Indian journal of veterinary science and animal husbandry - Volume 3,
Year: 1933
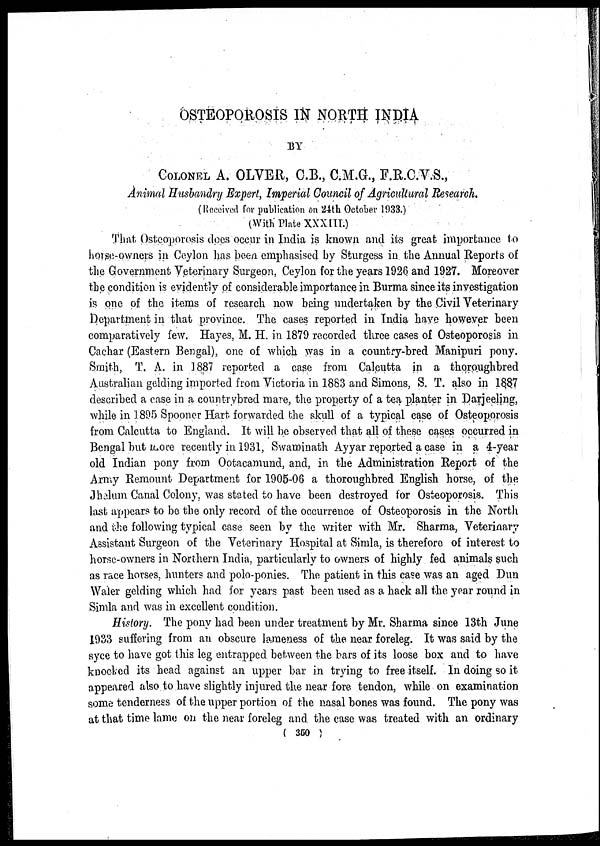
OSTEOPOROSIS IN NORTH INDIA
BY
COLONEL A. OLVER, C.B., C.M.G., F.R.C.V.S.,
Animal Husbandry Expert, Imperial Council of Agricultural Research.
(Received for publication on 24th October 1933.)
(With Plate XXXIII.)
That Osteoporosis does occur in India is known and its great importance to
horse-owners in Ceylon has been emphasised by Sturgess in the Annual Reports of
the Government Veterinary Surgeon, Ceylon for the years 1926 and 1927. Moreover
the condition is evidently of considerable importance in Burma since its investigation
is one of the items of research now being undertaken by the Civil Veterinary
Department in that province. The cases reported in India have however been
comparatively few. Hayes, M. H. in 1879 recorded three cases of Osteoporosis in
Cachar (Eastern Bengal), one of which was in a country-bred Manipuri pony.
Smith, T. A. in 1887 reported a case from Calcutta in a thoroughbred
Australian gelding imported from Victoria in 1883 and Simons, S. T. also in 1887
described a case in a countrybred mare, the property of a tea planter in Darjeeling,
while in 1895 Spooner Hart forwarded the skull of a typical case of Osteoporosis
from Calcutta to England. It will be observed that all of these cases occurred in
Bengal but more recently in 1931, Swaminath Ayyar reported a case in a 4-year
old Indian pony from Ootacamund, and, in the Administration Report of the
Army Remount Department for 1905-06 a thoroughbred English horse, of the
Jhelum Canal Colony, was stated to have been destroyed for Osteoporosis. This
last appears to be the only record of the occurrence of Osteoporosis in the North
and the following typical case seen by the writer with Mr. Sharma, Veterinary
Assistant Surgeon of the Veterinary Hospital at Simla, is therefore of interest to
horse-owners in Northern India, particularly to owners of highly fed animals such
as race horses, hunters and polo-ponies. The patient in this case was an aged Dun
Water gelding which had for years past been used as a hack all the year round in
Simla and was in excellent condition.
History. The pony had been under treatment by Mr. Sharma since 13th June
1933 suffering from an obscure lameness of the near foreleg. It was said by the
syce to have got this leg entrapped between the bars of its loose box and to have
knocked its head against an upper bar in trying to free itself. In doing so it
appeared also to have slightly injured the near fore tendon, while on examination
some tenderness of the upper portion of the nasal bones was found. The pony was
at that time lame on the near foreleg and the case was treated with an ordinary
( 350 )